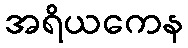
အရိယကေန